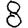
Digit: 8